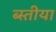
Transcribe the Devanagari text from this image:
ब्स्तीया